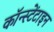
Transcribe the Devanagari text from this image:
कॉन्स्टेंटाइन